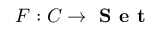
F : C \to { \textbf { S e t } }